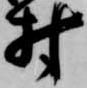
村